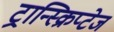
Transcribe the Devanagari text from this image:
ट्रान्स्क्रिप्टेज